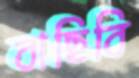
বাছিবি